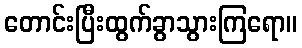
တောင်းပြီးထွက်ခွာသွားကြရော။